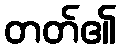
တတ်၏